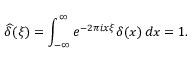
{ \widehat { \delta } } ( \xi ) = \int _ { - \infty } ^ { \infty } e ^ { - 2 \pi i x \xi } \delta ( x ) \, d x = 1 .